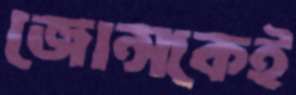
জোন্সকেই